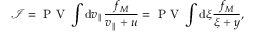
\mathcal { I } = \mathrm { ~ P ~ V ~ } \int \mathrm { d } v _ { \parallel } \frac { f _ { M } } { v _ { \parallel } + u } = \mathrm { ~ P ~ V ~ } \int \mathrm { d } \xi \frac { f _ { M } } { \xi + y } ,